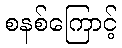
စနစ်ကြောင့်